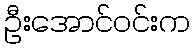
ဦးအောင်ဝင်းက